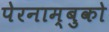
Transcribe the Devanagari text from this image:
पेरनाम्बुको